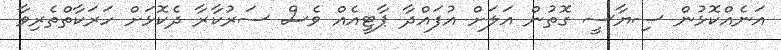
އަނެއްކޮޅުން ސިޔާސީ ގޮތުން އަލަށް އުފައްދާ ޕާޓީއެއް ވެސް ސަރުކާރާ ދެކޮޅަށް ހަރަކާތްތެރިވާ